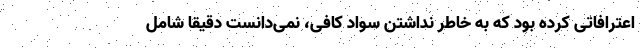
اعترافاتی کرده بود که به خاطر نداشتن سواد کافی، نمی‌دانست دقیقا شامل